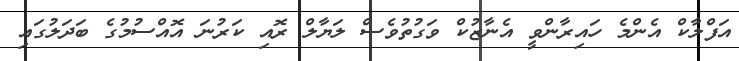
އަފްލާކް އެންމެ ހައިރާންވީ އެނާޒުކް ވަގުތުވެސް ލަޔާލް ރޮއި ކަރުނަ އޮއްސުމުގެ ބަދަލުގައި